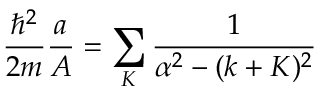
{ \frac { \hbar ^ { 2 } } { 2 m } } { \frac { a } { A } } = \sum _ { K } { \frac { 1 } { \alpha ^ { 2 } - ( k + K ) ^ { 2 } } }